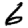
Digit: 6